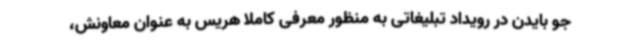
جو بایدن در رویداد تبلیغاتی به منظور معرفی کاملا هریس به عنوان معاونش،